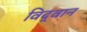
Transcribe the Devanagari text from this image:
विद्‌वान